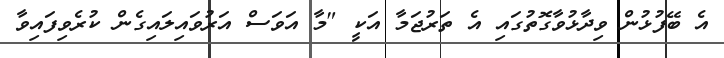
އެ ބޭފުޅުން ވިދާޅުވާގޮތުގައި އެ ތަރުޖަމާ އަކީ "މާ އަވަސް އަރުވައިލައިގެން ކުރެވިފައިވާ